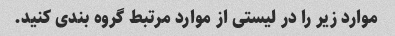
موارد زیر را در لیستی از موارد مرتبط گروه بندی کنید.